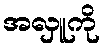
အလှူကို